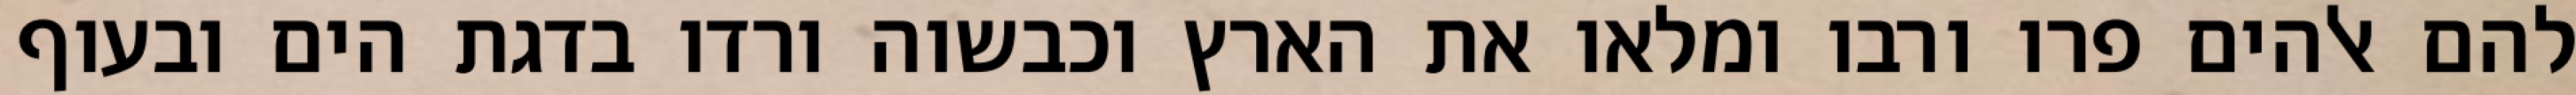
להם אלהים פרו ורבו ומלאו את הארץ וכבשוה ורדו בדגת הים ובעוף